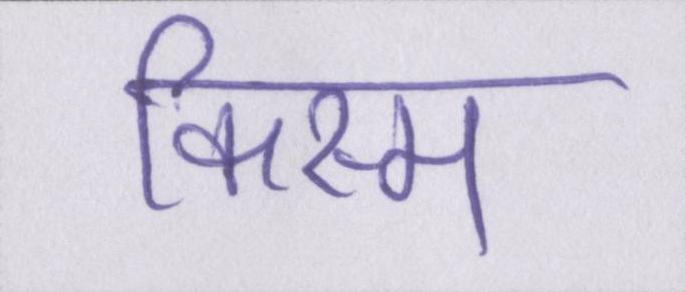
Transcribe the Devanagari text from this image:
किस्म